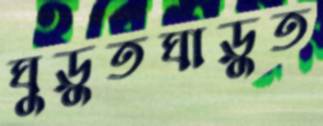
ঘুড়ুতঘাড়ুত